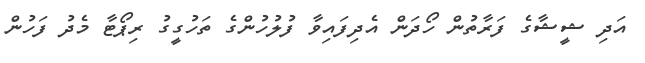
އަދި ޝީޝާގެ ފަރާތުން ހޯދަން އެދިފައިވާ ފުލުހުންގެ ތަހުގީގު ރިޕޯޓާ މެދު ފަހުން